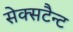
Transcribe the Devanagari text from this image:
सेक्सटैन्ट